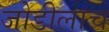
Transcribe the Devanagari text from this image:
जोडीलाच